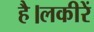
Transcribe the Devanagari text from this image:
है।लकीरें